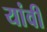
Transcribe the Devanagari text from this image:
यांवी